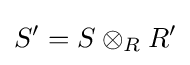
S'=S\otimes _{R}R'